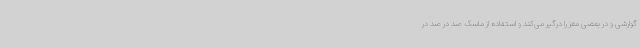
گوارشی و در بعضی مغز را درگیر می‌کند و استفاده از ماسک صد در صد در